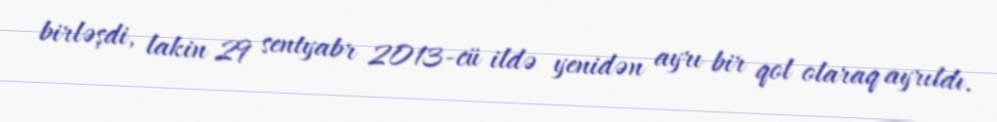
birləşdi, lakin 29 sentyabr 2013-cü ildə yenidən ayrı bir qol olaraq ayrıldı.